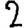
Digit: 2